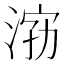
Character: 𱦿